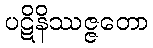
ပဋိနိဿဇ္ဇတော